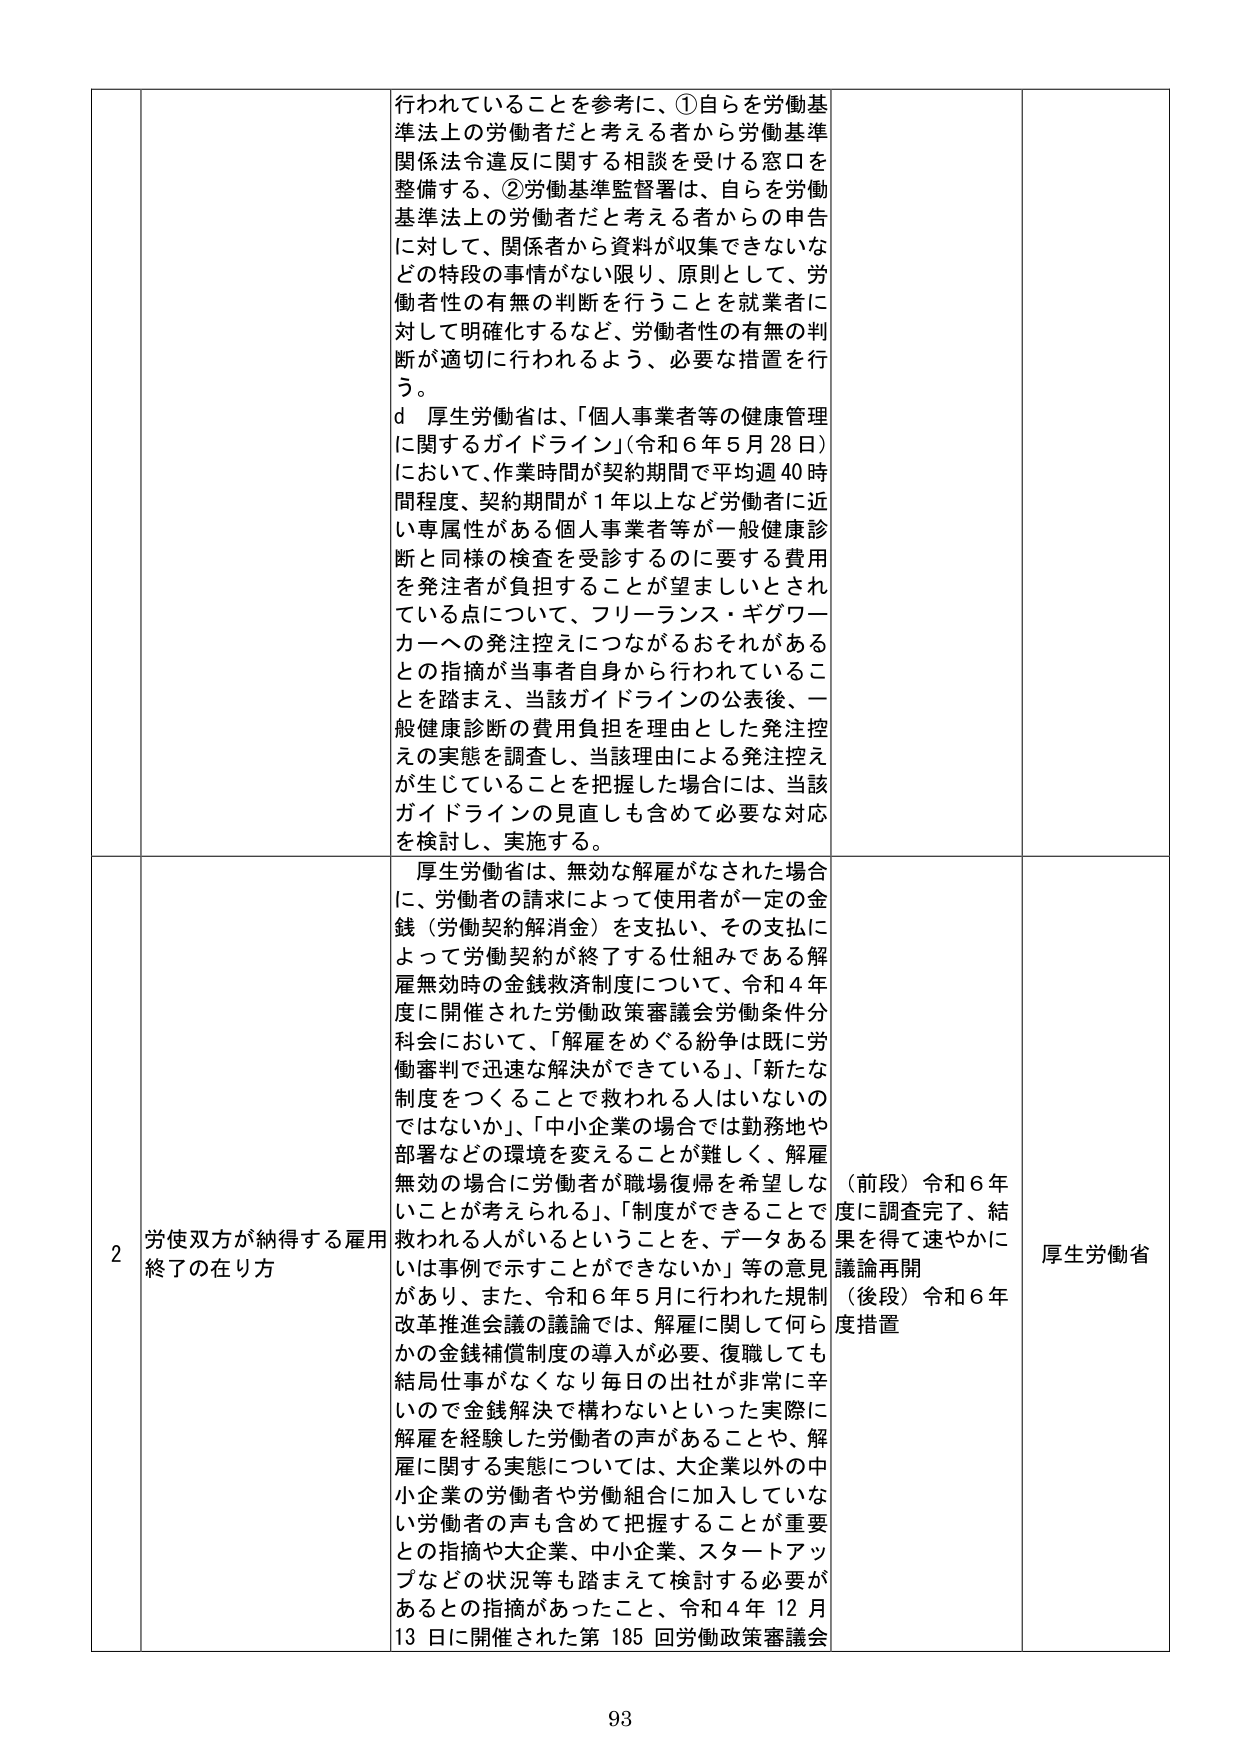
行われていることを参考に、①自らを労働基準法上の労働者だと考える者から労働基準関係法令違反に関する相談を受ける窓口を整備する、②労働基準監督署は、自らを労働基準法上の労働者だと考える者からの申告に対して、関係者から資料が収集できないなどの特段の事情がない限り、原則として、労働者性の有無の判断を行うことを就業者に対して明確化するなど、労働者性の有無の判断が適切に行われるよう、必要な措置を行う。

d 厚生労働省は、「個人事業者等の健康管理に関するガイドライン」（令和6年5月28日）において、作業時間が契約期間で平均週40時間程度、契約期間が1年以上など労働者に近い専属性がある個人事業者等が一般健康診断と同様の検査を受診するのに要する費用を発注者が負担することが望ましいとされている点について、フリーランス・ギグワーカーへの発注控えにつながるおそれがあるとの指摘が当事者自身から行われていることを踏まえ、当該ガイドラインの公表後、一般健康診断の費用負担を理由とした発注控えの実態を調査し、当該理由による発注控えが生じていることを把握した場合には、当該ガイドラインの見直しも含めて必要な対応を検討し、実施する。

2 労使双方が納得する雇用終了の在り方

厚生労働省は、無効な解雇がなされた場合に、労働者の請求によって使用者が一定の金銭（労働契約解消金）を支払い、その支払によって労働契約が終了する仕組みである解雇無効時の金銭救済制度について、令和4年度に開催された労働政策審議会労働条件分科会において、「解雇をめぐる紛争は既に労働審判で迅速な解決ができている」、「新たな制度をつくることで救われる人はいないのではないか」、「中小企業の場合では勤務地や部署などの環境を変えることが難しく、解雇無効の場合に労働者が職場復帰を希望しなくても考えられる」、「制度ができることで救われる人がいるということを、データあるいは事例で示すことができないか」等の意見があり、また、令和6年5月に行われた規制改革推進会議の議論では、解雇に関して何らかの金銭補償制度の導入が必要、復職しても結局仕事がなくなり毎日の出社が非常に辛いので金銭解決で構わないといった実際に解雇を経験した労働者の声があることや、解雇に関する実態については、大企業以外の中小企業の労働者や労働組合に加入していない労働者の声も含めて把握することが重要との指摘や大企業、中小企業、スタートアップなどの状況等も踏まえて検討する必要があるとの指摘があったこと、令和4年12月13日に開催された第185回労働政策審議会

（前段）令和6年度に調査完了、結果を得て速やかに議論再開
（後段）令和6年度措置

厚生労働省

93